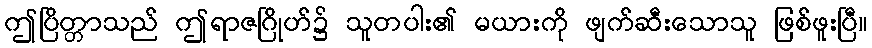
ဤပြိတ္တာသည် ဤရာဇဂြိုဟ်၌ သူတပါး၏ မယားကို ဖျက်ဆီးသောသူ ဖြစ်ဖူးပြီ။